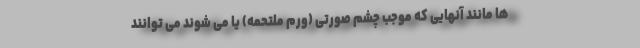
ها مانند آنهایی که موجب چشم صورتی (ورم ملتحمه) یا می شوند می توانند